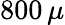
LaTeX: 800\, \mu